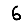
Digit: 6